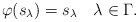
\begin{align*}\varphi(s_\lambda)=s_\lambda\quad\lambda\in \Gamma.\end{align*}